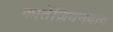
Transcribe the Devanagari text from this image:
कार्तेज़ियनवाद